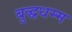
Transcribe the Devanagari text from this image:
बुद्धधम्म